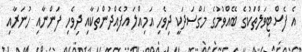
އެ ފެސްޓިވަލްތަކުގެ ބޭއްވުމުގެ މަގްސަދަކީ ދިވެހި އަމިއްލަ އުފެއްދުންތަކާއި ދިވެހި ފަންނާއި ހުނަރާއި